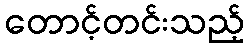
တောင့်တင်းသည့်